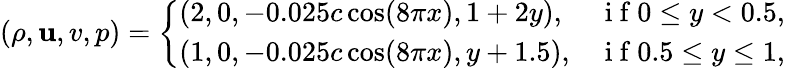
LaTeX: (\rho,\mathbf{u},v,p)=\left\{ \begin{array}{ll}{(2,0,-0.025c\cos(8\pi x),1+2y),}&{\mathrm{~i~f~}0\leq y<0.5,}\\ {(1,0,-0.025c\cos(8\pi x),y+1.5),}&{\mathrm{~i~f~}0.5\leq y\leq 1,}\end{array}\right.